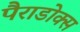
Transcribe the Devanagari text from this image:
पैराडोक्स